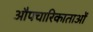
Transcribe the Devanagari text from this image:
औपचारिकाताओं